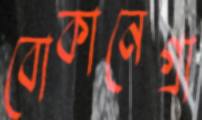
বোকানেগ্রা